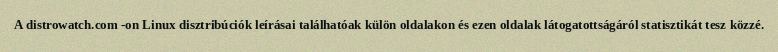
A distrowatch.com -on Linux disztribúciók leírásai találhatóak külön oldalakon és ezen oldalak látogatottságáról statisztikát tesz közzé.